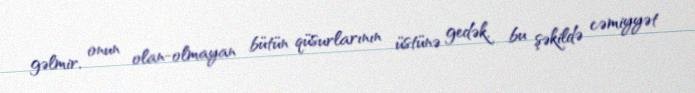
gəlmir, onun olan-olmayan bütün qüsurlarının üstünə gedək, bu şəkildə cəmiyyət